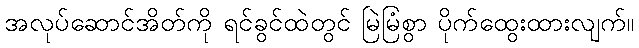
အလုပ်ဆောင်အိတ်ကို ရင်ခွင်ထဲတွင် မြဲမြံစွာ ပိုက်ထွေးထားလျက်။